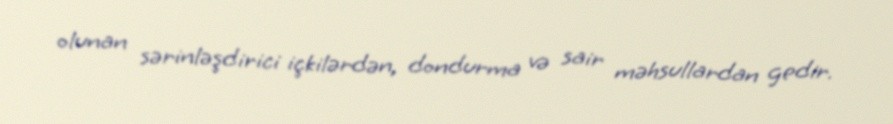
olunan sərinləşdirici içkilərdən, dondurma və sair məhsullardan gedir.